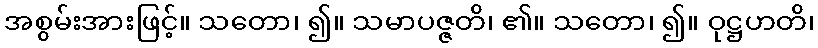
အစွမ်းအားဖြင့်။ သတော၊ ၍။ သမာပဇ္ဇတိ၊ ၏။ သတော၊ ၍။ ဝုဋ္ဌဟတိ၊